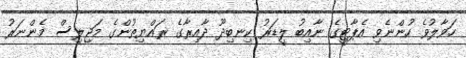
ހަވާލުވެ ހުންނެވި އެޕާޓީގެ ނާއިބު ލީޑަރު ކިނބިދޫ ދާއިރާގެ ރައްޔިތުންގެ މަޖިލިސް މެންނަރު